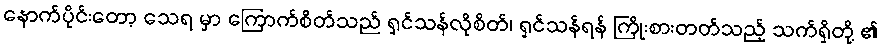
နောက်ပိုင်းတော့ သေရ မှာ ကြောက်စိတ်သည် ရှင်သန်လိုစိတ်၊ ရှင်သန်ရန် ကြိုးစားတတ်သည့် သက်ရှိတို့ ၏